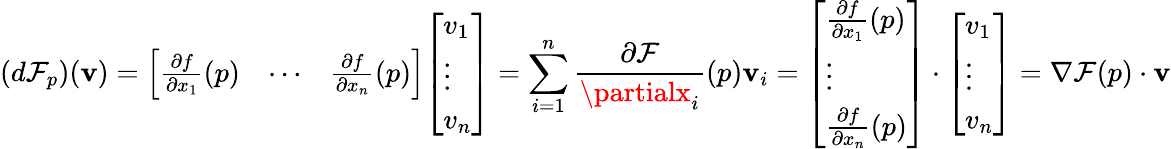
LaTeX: (d\mathcal{F}_{p})(\mathbf{v})={\left[\begin{array}{lll}{{\frac{\partial f}{\partial x_{1}}}(p)}&{\cdots}&{{\frac{\partial f}{\partial x_{n}}}(p)}\end{array}\right]}{\left[\begin{array}{l}{v_{1}}\\ {\vdots}\\ {v_{n}}\end{array}\right]}=\sum_{i=1}^{n}{\frac{{\partial\mathcal{F}}}{{\partialx_{i}}}}(p)\mathbf{v}_{i}={\left[\begin{array}{l}{{\frac{\partial f}{\partial x_{1}}}(p)}\\ {\vdots}\\ {{\frac{\partial f}{\partial x_{n}}}(p)}\end{array}\right]}\cdot{\left[\begin{array}{l}{v_{1}}\\ {\vdots}\\ {v_{n}}\end{array}\right]}=\nabla\mathcal{F}(p)\cdot\mathbf{v}